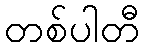
တစ်ပါတီ